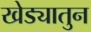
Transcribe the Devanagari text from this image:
खेड्यातुन